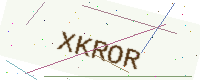
Text: XKROR